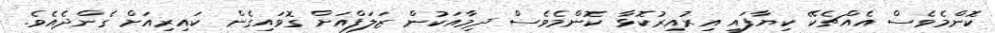
ކޮންމެވެސް އެއްޗެކޭ ކިޔާފައި އިރުއިރުކޮޅާ ކޮންމެވެސް ދިމާއަކުން ޒަލަފްއަށް ގޮވައިގެން ކައިރިއަށް ގެންދެއެވެ.